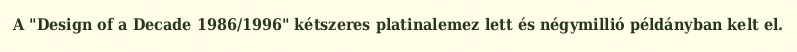
A "Design of a Decade 1986/1996" kétszeres platinalemez lett és négymillió példányban kelt el.